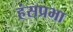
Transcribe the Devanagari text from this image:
हंसप्रभा